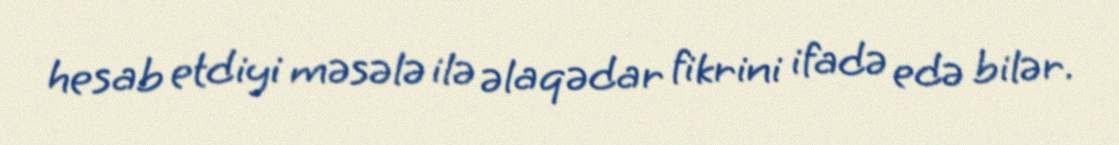
hesab etdiyi məsələ ilə əlaqədar fikrini ifadə edə bilər.